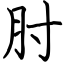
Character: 肘